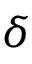
\delta